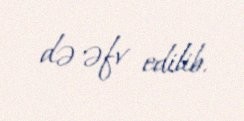
də əfv edilib.